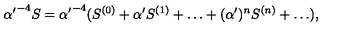
{ { \alpha ^ { \prime } } ^ { - 4 } S = { \alpha ^ { \prime } } ^ { - 4 } ( S ^ { ( 0 ) } + { \alpha ^ { \prime } } S ^ { ( 1 ) } + \ldots + ( \alpha ^ { \prime } ) ^ { n } S ^ { ( n ) } + \ldots ) , }